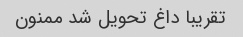
تقریبا داغ تحویل شد ممنون